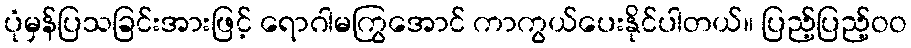
ပုံမှန်ပြသခြင်းအားဖြင့် ရောဂါမကြွအောင် ကာကွယ်ပေးနိုင်ပါတယ်။ ပြည့်ပြည့်ဝဝ